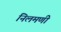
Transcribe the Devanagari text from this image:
निलमणी